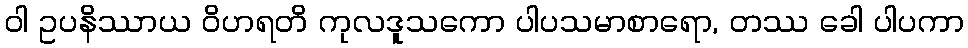
ဝါ ဥပနိဿာယ ဝိဟရတိ ကုလဒူသကော ပါပသမာစာရော, တဿ ခေါ ပါပကာ